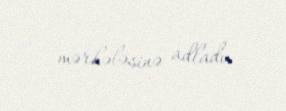
mərhələsinə adladı.